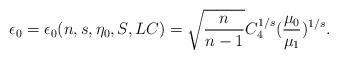
LaTeX: \begin{align*}\epsilon_0=\epsilon_0(n,s,\eta_0,S,LC)=\sqrt{\frac{n}{n-1}}C_4^{1/s}(\frac{\mu_0}{\mu_1})^{1/s}.\end{align*}